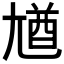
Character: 𡯾